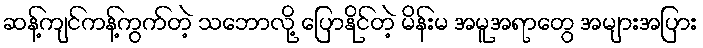
ဆန့်ကျင်ကန့်ကွက်တဲ့ သဘောလို့ ပြောနိုင်တဲ့ မိန်းမ အမူအရာတွေ အများအပြား